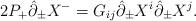
LaTeX: \begin{align*}2P_{+}\hat{\partial}_{\pm}X^{-}=G_{ij}\hat{\partial}_{\pm }X^{i} \hat{\partial}_{\pm }X^{j} .\end{align*}